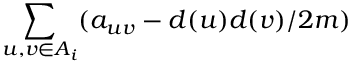
\sum _ { u , v \in A _ { i } } ( a _ { u v } - d ( u ) d ( v ) / 2 m )